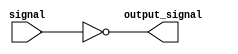
module Inverter(
   input signal,
   output output_signal
);

assign output_signal = ~signal;

endmodule